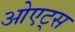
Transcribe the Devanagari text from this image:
ओएट्स